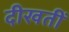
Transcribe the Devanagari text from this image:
दीखतीं